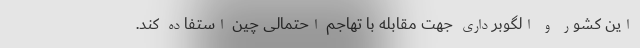
این کشور و الگوبرداری جهت مقابله با تهاجم احتمالی چین استفاده کند.